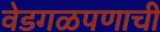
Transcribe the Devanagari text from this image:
वेडगळपणाची